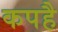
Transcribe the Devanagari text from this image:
कपहै